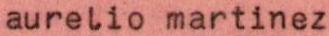
aurelio martinez